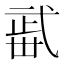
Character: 𣦏